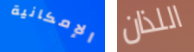
الإمكانية اللذان